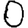
Digit: 0